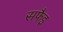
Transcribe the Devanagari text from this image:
सफैइ